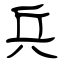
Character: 兵